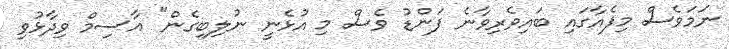
ނަމަވެސް މިފެއާގައި ބައިވެރިވާނެ ފަންޑު ވެސް މި އުޅެނީ ނުލިބިގެން" އާސިމް ވިދާޅުވި